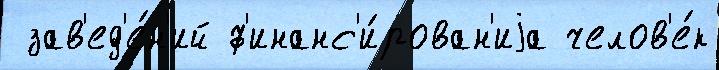
 зав'ед'е́н'ий ф'инанс'и́рован'иjа челов'е́к